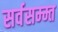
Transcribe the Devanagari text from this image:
सर्वसम्म्त